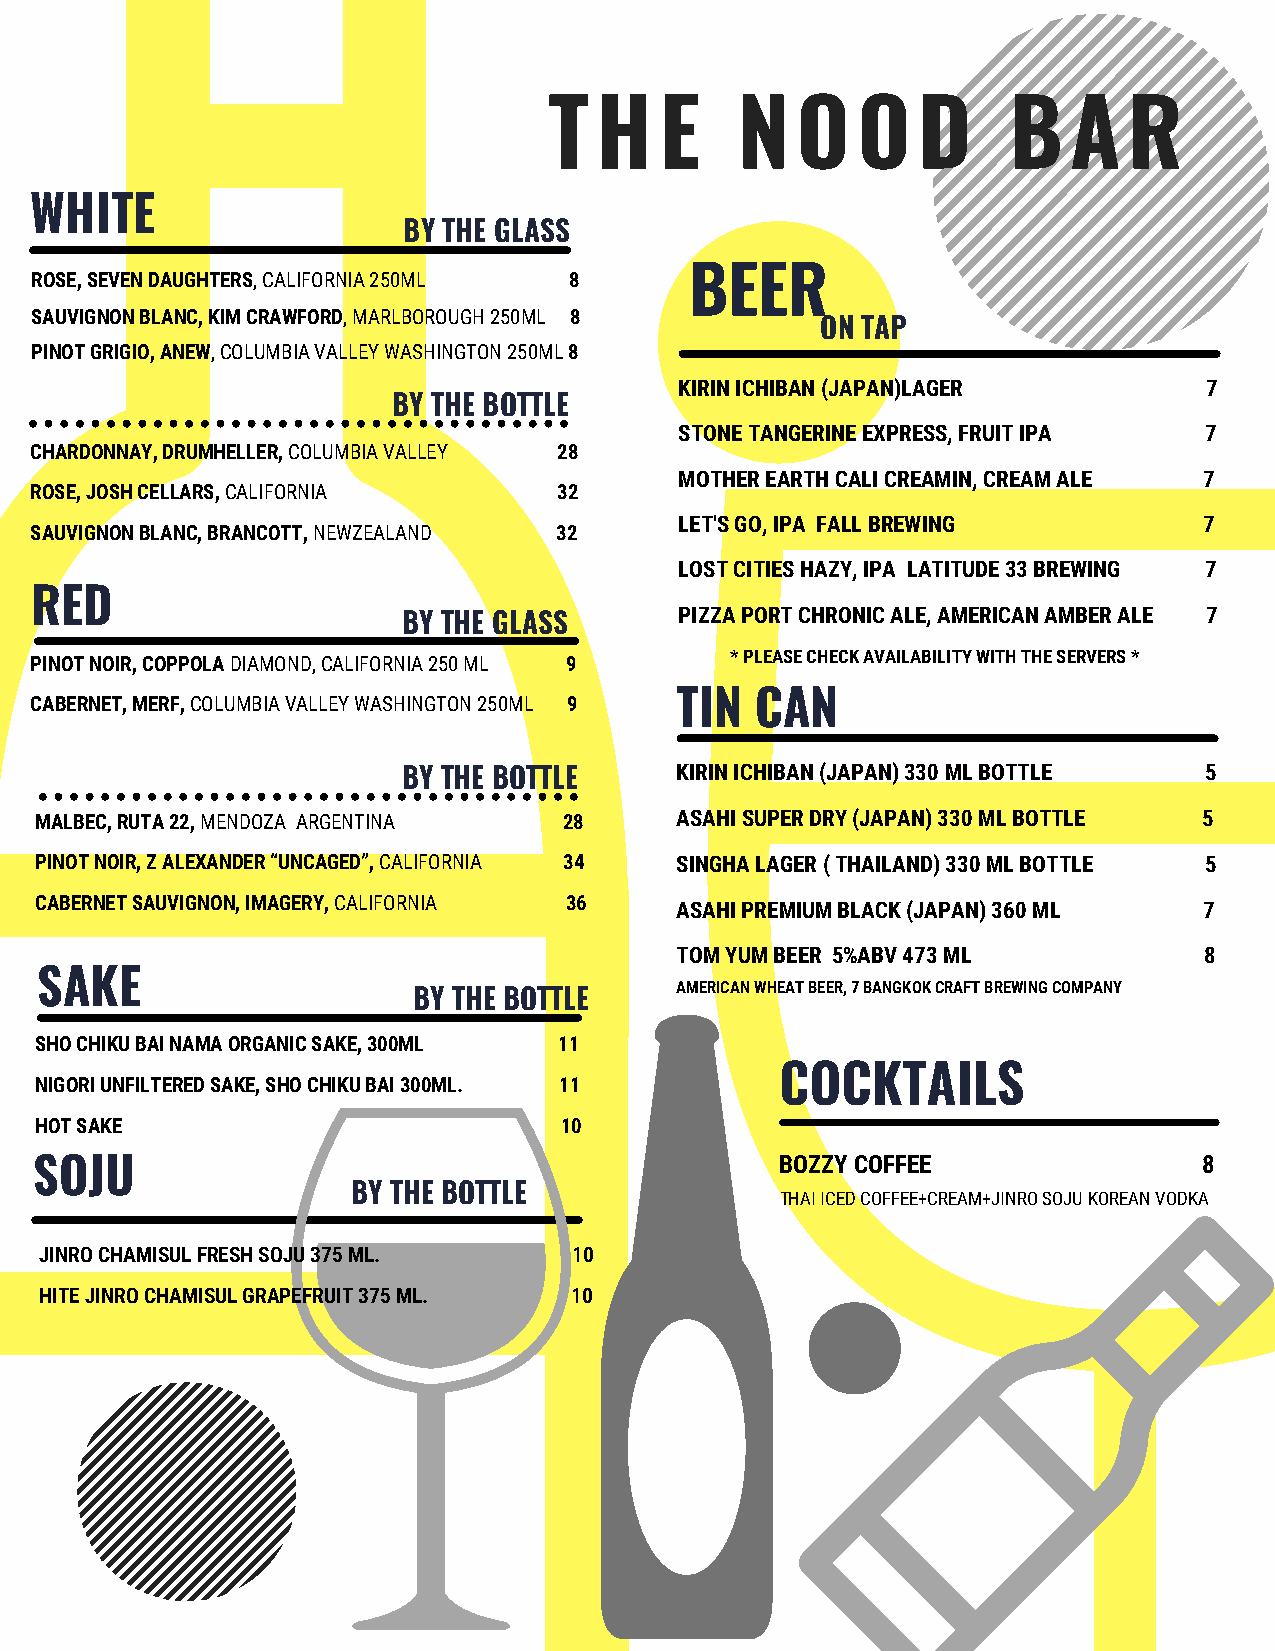
T  H    E    N   O   O   D     B   A   R
 WHITE
 BY THE GLASS
 ROSE, SEVEN DAUGHTERS, CALIFORNIA 250ML 8   BEER
 SAUVIGNON BLANC, KIM CRAWFORD, MARLBOROUGH 250ML 8
 ON TAP
 PINOT GRIGIO, ANEW, COLUMBIA VALLEY WASHINGTON 250ML 8
 KIRIN ICHIBAN (JAPAN)LAGER         7
 BY THE BOTTLE
 STONE TANGERINE EXPRESS, FRUIT IPA 7
 CHARDONNAY, DRUMHELLER, COLUMBIA VALLEY 28
 MOTHER EARTH CALI CREAMIN, CREAM ALE 7
 ROSE, JOSH CELLARS, CALIFORNIA     32
 LET'S GO, IPA FALL BREWING         7
 SAUVIGNON BLANC, BRANCOTT, NEWZEALAND 32
 LOST CITIES HAZY, IPA LATITUDE 33 BREWING 7
 RED
 PIZZA PORT CHRONIC ALE, AMERICAN AMBER ALE 7
 BY THE GLASS
 PINOT NOIR, COPPOLA DIAMOND, CALIFORNIA 250 ML 9 * PLEASE CHECK AVAILABILITY WITH THE SERVERS *
 CABERNET, MERF, COLUMBIA VALLEY WASHINGTON 250ML 9 TIN CAN
 BY THE BOTTLE     KIRIN ICHIBAN (JAPAN) 330 ML BOTTLE 5
 MALBEC, RUTA 22, MENDOZA ARGENTINA 28      ASAHI SUPER DRY (JAPAN) 330 ML BOTTLE 5
 PINOT NOIR, Z ALEXANDER “UNCAGED”, CALIFORNIA 34 SINGHA LAGER ( THAILAND) 330 ML BOTTLE 5
 CABERNET SAUVIGNON, IMAGERY, CALIFORNIA 36 ASAHI PREMIUM BLACK (JAPAN) 360 ML 7
 TOM YUM BEER 5%ABV 473 ML          8
 SAKE
 AMERICAN WHEAT BEER, 7 BANGKOK CRAFT BREWING COMPANY
 BY THE BOTTLE
 SHO CHIKU BAI NAMA ORGANIC SAKE, 300ML 11
 COCKTAILS
 NIGORI UNFILTERED SAKE, SHO CHIKU BAI 300ML. 11
 HOT SAKE                           10
 SOJU                                              BOZZY COFFEE                8
 BY THE BOTTLE
 THAI ICED COFFEE+CREAM+JINRO SOJU KOREAN VODKA
 JINRO CHAMISUL FRESH SOJU 375 ML.  10
 HITE JINRO CHAMISUL GRAPEFRUIT 375 ML. 10